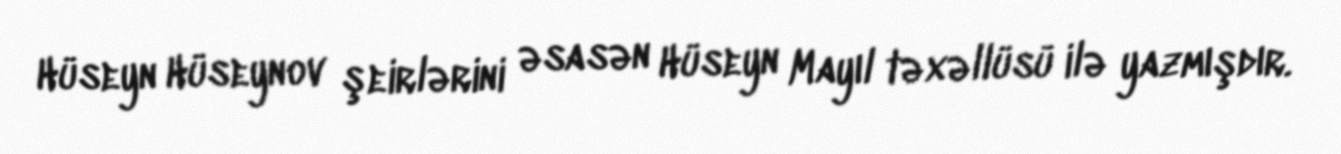
Hüseyn Hüseynov şeirlərini əsasən Hüseyn Mayıl təxəllüsü ilə yazmışdır.